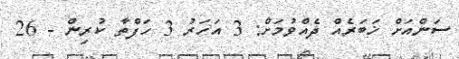
ސަންއަށް ޚަބަރެއް ދެއްވުމަށް: 3 އަހަރު 3 ހަފްތާ ކުރިން - 26